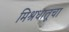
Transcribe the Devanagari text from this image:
मिश्रधातूचा